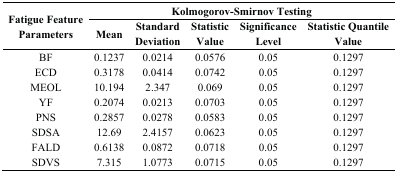
<table><thead><tr><td rowspan="2"><b>Fatigue Feature Parameters</b></td><td colspan="5"><b>Kolmogorov-Smirnov Testing</b></td></tr><tr><td><b>Mean</b></td><td><b>Standard Deviation</b></td><td><b>Statistic Value</b></td><td><b>Significance Level</b></td><td><b>Statistic Quantile Value</b></td></tr></thead><tbody><tr><td>BF</td><td>0.1237</td><td>0.0214</td><td>0.0576</td><td>0.05</td><td>0.1297</td></tr><tr><td>ECD</td><td>0.3178</td><td>0.0414</td><td>0.0742</td><td>0.05</td><td>0.1297</td></tr><tr><td>MEOL</td><td>10.194</td><td>2.347</td><td>0.069</td><td>0.05</td><td>0.1297</td></tr><tr><td>YF</td><td>0.2074</td><td>0.0213</td><td>0.0703</td><td>0.05</td><td>0.1297</td></tr><tr><td>PNS</td><td>0.2857</td><td>0.0278</td><td>0.0583</td><td>0.05</td><td>0.1297</td></tr><tr><td>SDSA</td><td>12.69</td><td>2.4157</td><td>0.0623</td><td>0.05</td><td>0.1297</td></tr><tr><td>FALD</td><td>0.6138</td><td>0.0872</td><td>0.0718</td><td>0.05</td><td>0.1297</td></tr><tr><td>SDVS</td><td>7.315</td><td>1.0773</td><td>0.0715</td><td>0.05</td><td>0.1297</td></tr></tbody></table>